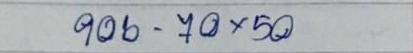
906 - 70 x 50